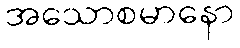
အသောစမာနော